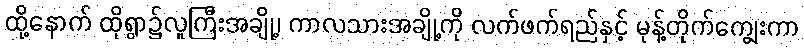
ထို့နောက် ထိုရွာ၌လူကြီးအချို့၊ ကာလသားအချို့ကို လက်ဖက်ရည်နှင့် မုန့်တိုက်ကျွေးကာ